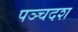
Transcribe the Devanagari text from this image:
पञ्चदश